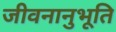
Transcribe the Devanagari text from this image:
जीवनानुभूति